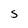
Character: S